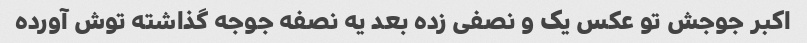
اکبر جوجش تو عکس یک و نصفی زده بعد یه نصفه جوجه گذاشته توش آورده